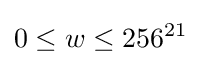
0\leq w\leq 256^{21}